Medical and sanitary report of the native army of Bengal for the year
Year: 1875
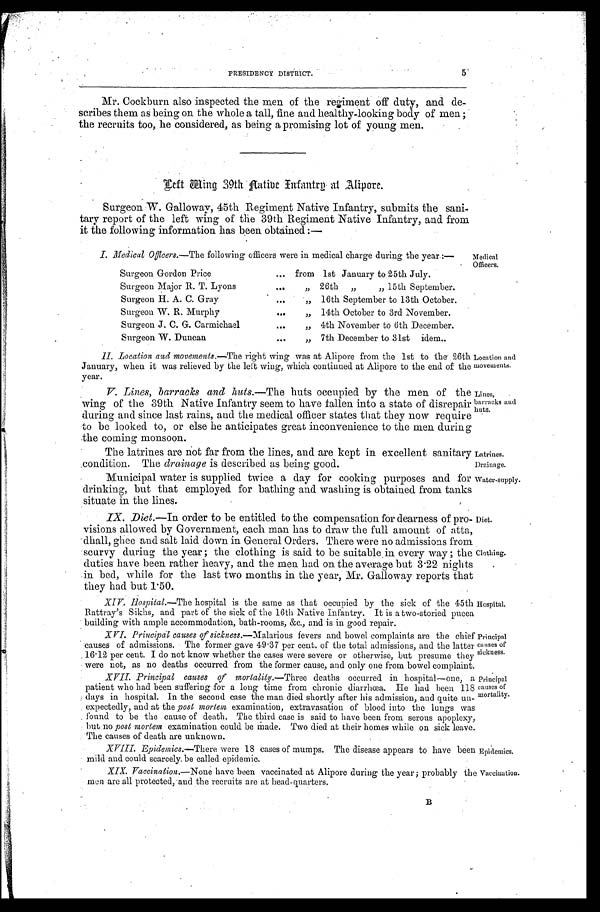
Latrines.
Drainage.
Water-supply.
5
PRESIDENCY DISTRICT.
Mr. Cockburn also inspected the men of the regiment off duty, and de
- s c r i b e s t h e m a s b e i n g o n t h e w h o l e a t a l l , f i n e a n d h e a l t h y - l o o k i n g b o d y o f m e n ;
the recruits too, he considered, as being a promising lot of young men.
Left Wing 39th Aatibe Infantry at Alipore.
Surgeon W. Galloway, 45th Regiment Native Infantry, submits the sani
-tary report of the left wing of the 39th Regiment Native Infantry, and from
it the following information has been obtained:—
I. Medical Officers.—The following officers were in medical charge during the year:—
Surgeon Gordon Price . . . from 1st January to 25th July.
Surgeon Major R. T. Lyons . . .
" 2 6 t h " 1 5 t h
S e p t e m b e r .
Surgeon H. A. C. Gray . . .
" 16th September to 13th October.
Surgeon W. R. Murphy . . .
" 14th October to 3rd November.
Surgeon J . C. G. Carmichael . .
" 4th November to 6th December.
Surgeon W. Duncan . . .
" 7th December to 31st idem.
Medical
Officers.
II. Location and movements.—The right wing was at Alipore from the 1st to the 26th
January, when it was relieved by the left wing, which continued at Alipore to the end of the
year.
Location and
movements.
V. Lines, barracks and huts.—The huts occupied by the men of the
wing of the 39th Native Infantry seem to have fallen into a state of disrepair
during and since last rains, and the medical officer states that they now require
to be looked to, or else he anticipates great inconvenience to the men during
the coming monsoon.
The latrines are not far from the lines, and are kept in excellent sanitary
condition. The drainage is described as being good.
Municipal water is supplied twice a day for cooking purposes and for
drinking, but that employed for bathing and washing is obtained from tanks
situate in the lines.
IX. Diet.—In order to be entitled to the compensation for dearness of pro
-visions allowed by Government, each man has to draw the full amount of atta,
dhall, ghee and salt laid down in General Orders. There were no admissions from
scurvy during the year; the clothing is said to be suitable in every way; the
duties have been rather heavy, and the men had on the average but 3.22 nights
in bed, while for the last two months in the year, Mr. Galloway reports that
they had but 1.50.
Lines,
barracks and
huts.
Diet.
Clothing.
XIV. Hospital.—The hospital is the same as that occupied by the sick of the 45t
h Rattray's Sikhs, and part of the sick of the 16th Native Infantry. It is a two-storied puc
c a b u i l d i n g w i t h a m p l e a c c o m m o d a t i o n , b a t h - r o o m s , & c . , a n d i s i n g o o d r e p a i r .
XVI. Principal causes of sickness.— Malarious fevers and bowel complaints are the chief
causes of admissions. The former gave 49.37 per cent. of the total admissions, and the latter
16.12 per cent. I do not know whether the cases were severe or otherwise, but presume they
were not, as no deaths occurred from the former cause, and only one from bowel complaint.
Hospital.
Principal
causes of
sickness.
XVII. Principal causes of mortality.— Three deaths occurred in hospital—one, a
patient who had been suffering for a long time from chronic diarrhœa. He had been 118
days in hospital. In the second case the man died shortly after his admission, and quite un
-expectedly, and at the post mortem examination, extravasation of blood into the lungs was
found to be the cause of death. The third case is said to have been from serous apoplexy,
but no post mortem examination could be made. Two died at their homes while on sick leave.
The causes of death are unknown.
XVIII. Epidemics.—There were 18 cases of mumps. The disease appears to have been
mild and could scarcely be called epidemic.
Principal
causes of
mortality.
Epidemics.
XIX. Vaccination.— None have been vaccinated at Alipore during the year; probably the
men are all protected, and the recruits are at head-quarters.
Vaccination. B